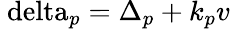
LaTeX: {\mathrm{{\ delta}}_{p}}={\Delta_{p}}+{k_{p}}v